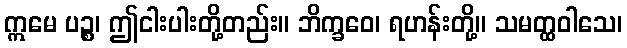
ဣမေ ပဉ္စ၊ ဤငါးပါးတို့တည်း။ ဘိက္ခဝေ၊ ရဟန်းတို့။ သမတ္ထဝါသေ၊